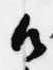
御